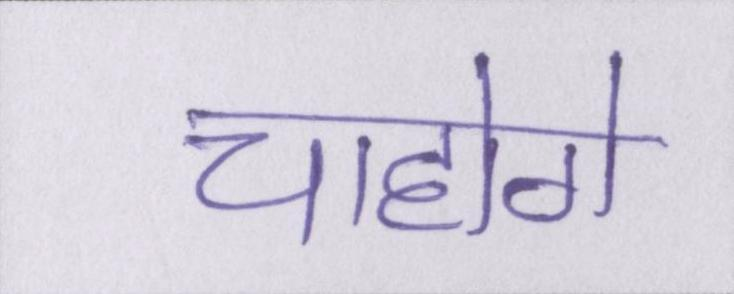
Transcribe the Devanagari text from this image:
चाहोगे